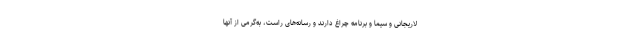
لاریجانی و سیما و برنامه چراغ دارند و رسانه‌هاى راست، به‌گرمى از آنها